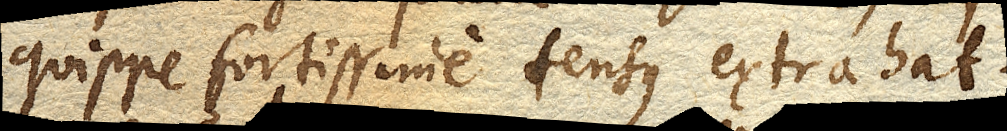
quippe fortissime tensus extrahat.